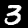
Digit: 3